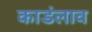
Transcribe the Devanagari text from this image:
काडंलाव